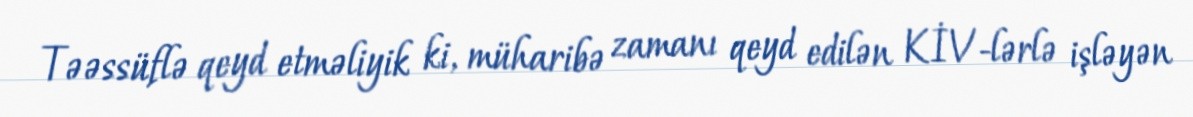
Təəssüflə qeyd etməliyik ki, müharibə zamanı qeyd edilən KİV-lərlə işləyən